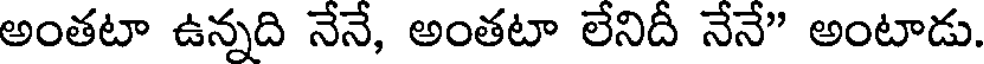
అంతటా ఉన్నది నేనే, అంతటా లేనిదీ నేనే" అంటాడు.